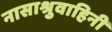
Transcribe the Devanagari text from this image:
नासाश्रुवाहिनी